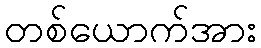
တစ်ယောက်အား